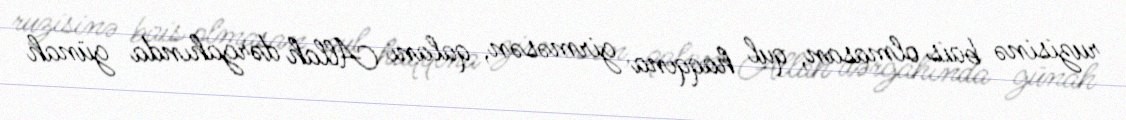
ruzisinə bais olmasan, qul haqqına girməsən, qalanı Allah dərgahında günah